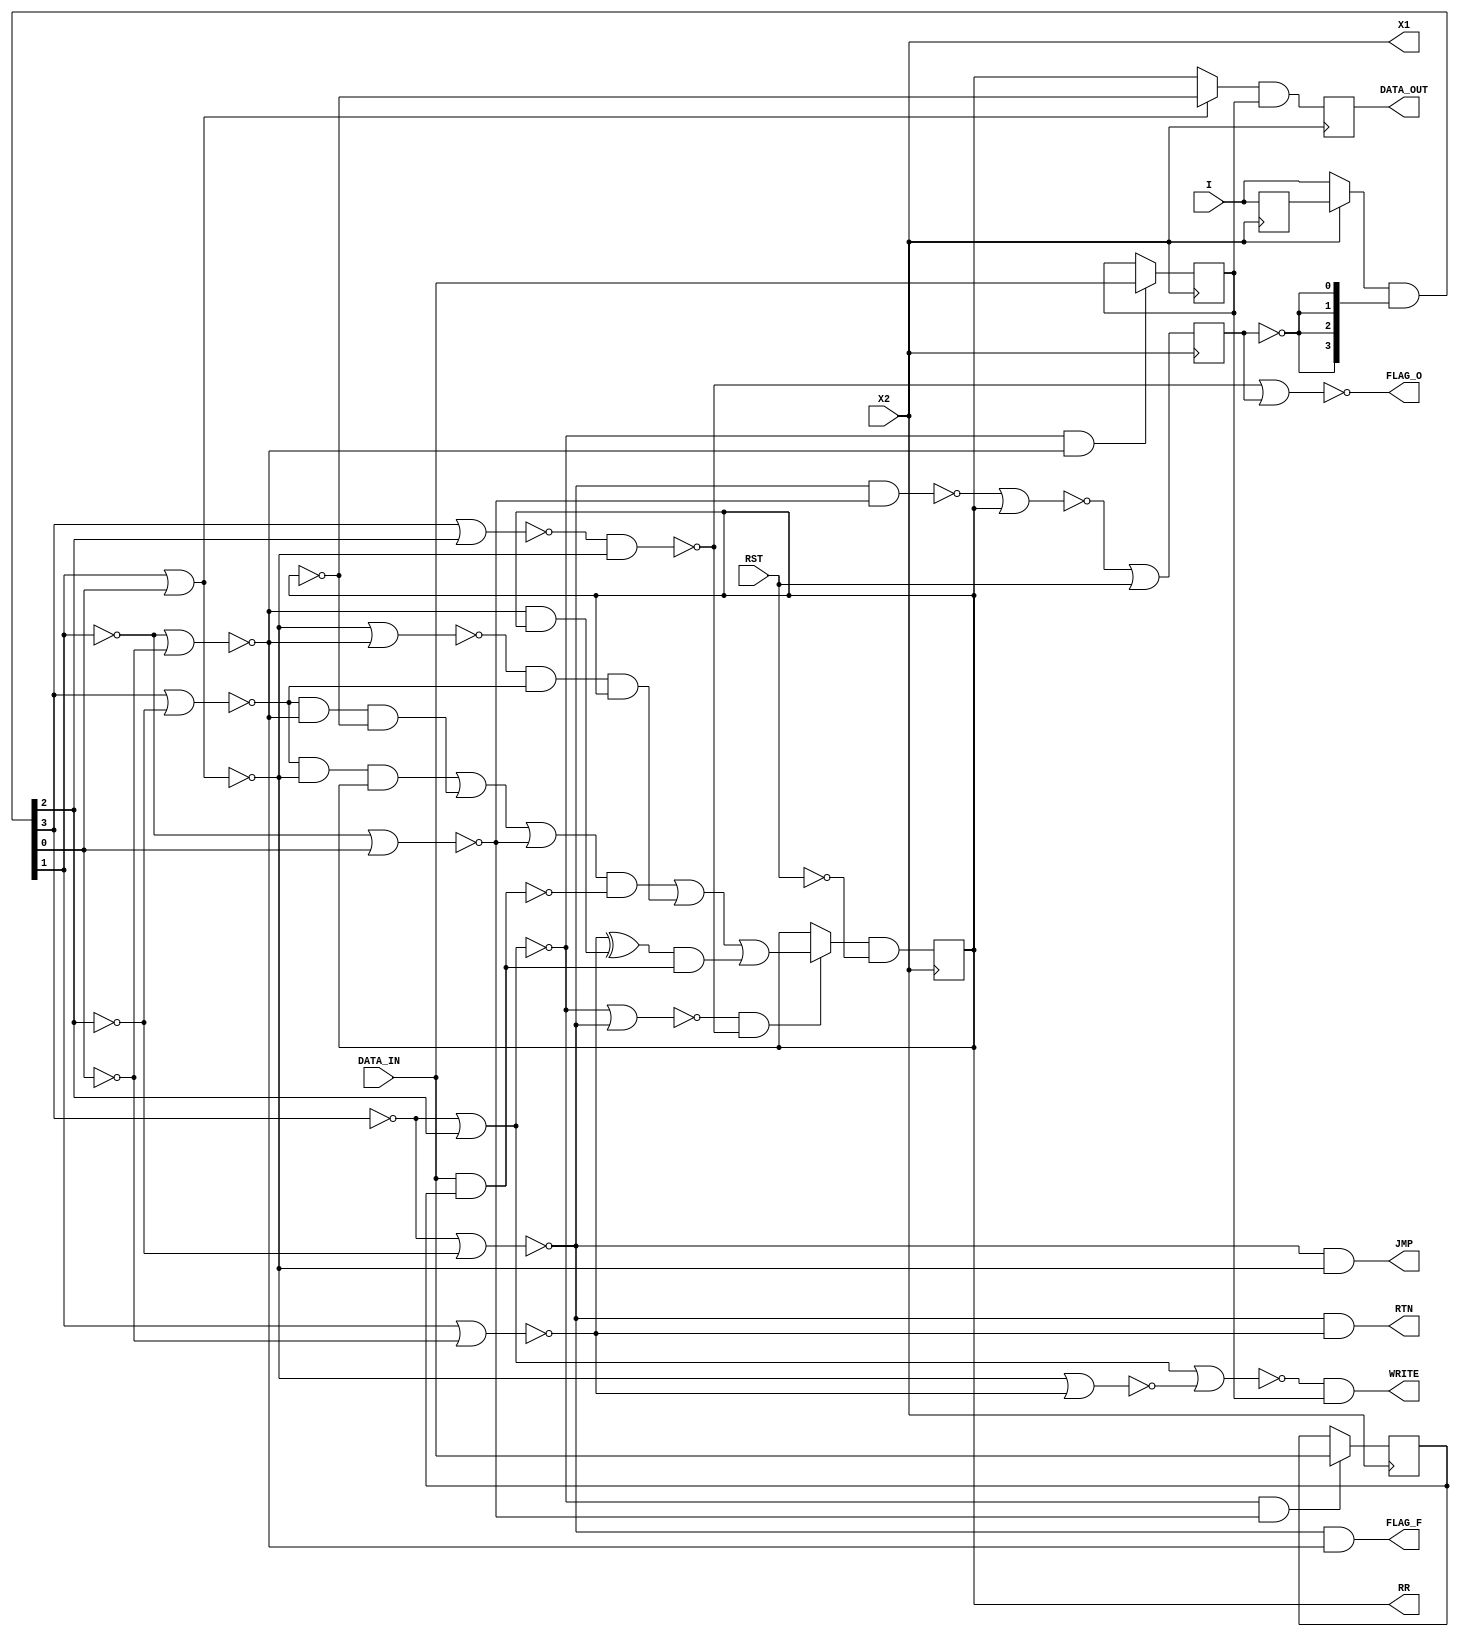
module mc14500(
	input X2,
	input RST,
	input [3:0] I,

	output X1,
	input DATA_IN,
	output DATA_OUT,
	output WRITE,
	output RR,
	output JMP,
	output RTN,
	output FLAG_O,
	output FLAG_F
);

reg RR_l;
reg IEN_l;
reg OEN_l;

reg [3:0] instr_l;
wire [3:0] instr = (!X2 ? I : instr_l) & {4{~skip}};
reg skip;
reg data_out;

wire g_2_1 = ~( instr[3] |  instr[2]);
wire g_2_2 = ~( instr[3] | ~instr[2]);
wire g_2_3 = ~(~instr[3] |  instr[2]);
wire g_2_4 = ~(~instr[3] | ~instr[2]);

wire g_1_1 = ~( instr[1] |  instr[0]);
wire g_1_2 = ~( instr[1] | ~instr[0]);
wire g_1_3 = ~(~instr[1] |  instr[0]);
wire g_1_4 = ~(~instr[1] | ~instr[0]);

wire NOPO_i = ~(g_2_1 & g_1_1);
wire ANDC_i = ~(g_2_2 & g_1_1);
wire XNOR_i = ~(g_2_2 & g_1_4);
wire IEN_i  = ~(g_2_3 & g_1_3);
wire OEN_i  = ~(g_2_3 & g_1_4);
wire JMP_i  = ~(g_2_4 & g_1_1);
wire RTN_i  = ~(g_2_4 & g_1_2);
wire SKZ_i  = ~(g_2_4 & g_1_3);
wire NOPF_i = ~(g_2_4 & g_1_4);

wire LDC_ORC   = g_1_3;
wire OR_ORC    = ~(g_1_1 | g_1_4) & g_2_2;
wire LD_OR     = g_1_2;
wire AND_XNOR  = g_1_4;
wire update_rr = ~(g_2_3 | g_2_4) & NOPO_i;

//Data bus
wire data = DATA_IN & IEN_l;

//Logic Unit, directly translated from https://static.righto.com/images/mc14500b/alu-diagram.jpg
wire LU_out = ((((~ANDC_i & RR_l) | (~XNOR_i & ~RR_l) | LDC_ORC) & ~data) |
				(OR_ORC & RR_l) |
				((LD_OR ^ (AND_XNOR & RR_l)) & data)
				);
				
//Output signals
assign FLAG_O = ~(NOPO_i | skip);
assign FLAG_F = ~NOPF_i;
assign JMP    = ~JMP_i;
assign RTN    = ~RTN_i;
assign RR     = RR_l;
wire   WE     = ~(~g_2_3 | ~(g_1_1 | g_1_2));
assign WRITE  = WE & OEN_l;
assign X1     = X2;

assign DATA_OUT = data_out;

always @(posedge X2) begin
	//The one thing I’m 100% unsure about is how reset is done in MC14500, but the easiest way I’ve found is to force skip permanently during reset, and AND the RR latch data with reset.
	RR_l  <= (update_rr ? LU_out : RR_l) & ~RST;
	IEN_l <= IEN_i ? IEN_l : DATA_IN;
	OEN_l <= OEN_i ? OEN_l : DATA_IN;
	data_out <= (g_1_1 ? RR_l : ~RR_l) & OEN_l;
	instr_l <= I;
end

always @(negedge X2) begin
	skip  <= ~(SKZ_i | RR_l) | RST;
end

endmodule